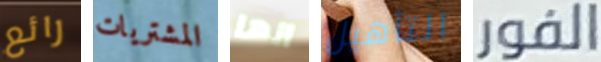
رائع المشتريات انها التأهيل الفور